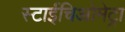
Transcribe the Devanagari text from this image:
स्टाईचिओमेट्रा